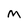
Character: M